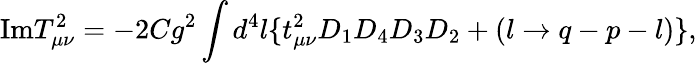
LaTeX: \mathrm{Im}T_{\mu\nu}^{2}=-2Cg^{2}\int d^{4}l\{ t_{\mu\nu}^{2}D_{1}D_{4}D_{3}D_{2}+(l\rightarrow q-p-l)\} ,